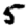
Digit: 5